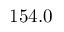
1 5 4 . 0